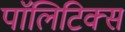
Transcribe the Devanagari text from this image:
पाॅलिटिक्स